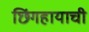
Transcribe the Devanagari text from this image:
छिंगहायाची